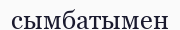
сымбатымен